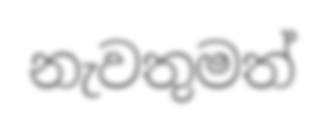
නැවතුමත්